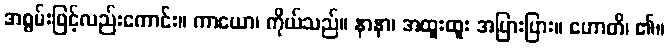
အစွမ်းဖြင့်လည်းကောင်း။ ကာယော၊ ကိုယ်သည်။ နာနာ၊ အထူးထူး အပြားပြား။ ဟောတိ၊ ၏။